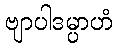
ဗျာပါဒမ္ပာဟံ